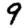
Digit: 9